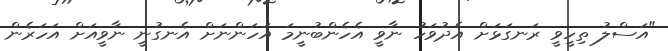
"އަސްލު ތިހީވީ ރަނގަޅަށް އެދުވަހު ނާވީ އެހެންބުނީމަ އަހަންނަށް އެނގުނީ ނާވީއަށް އަހަރެން